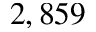
2 , 8 5 9